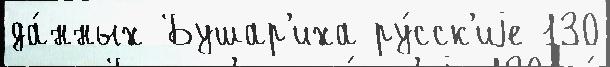
да́нных Бушар'иха ру́сск'иjе 130